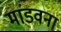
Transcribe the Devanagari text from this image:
मांडवना